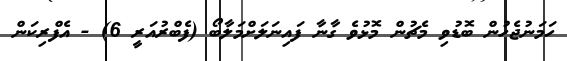
ހަމަނުޖެހުން ބޮޑުވި މެޗުން މޮޅުވެ ގާނާ ފައިނަލަށްމަލާބޯ (ފެބްރުއަރީ 6) - އެފްރިކަން